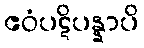
ဧဝံပဋိပန္နာပိ